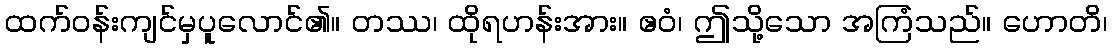
ထက်ဝန်းကျင်မှပူလောင်၏။ တဿ၊ ထိုရဟန်းအား။ ဧဝံ၊ ဤသို့သော အကြံသည်။ ဟောတိ၊